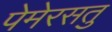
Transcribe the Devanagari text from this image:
पेमेरसतु